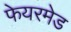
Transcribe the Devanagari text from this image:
फेयरमेड